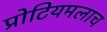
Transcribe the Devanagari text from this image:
प्रोटियमलाच